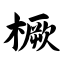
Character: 橛